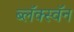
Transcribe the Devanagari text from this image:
ब्लॅक्स्वॅन